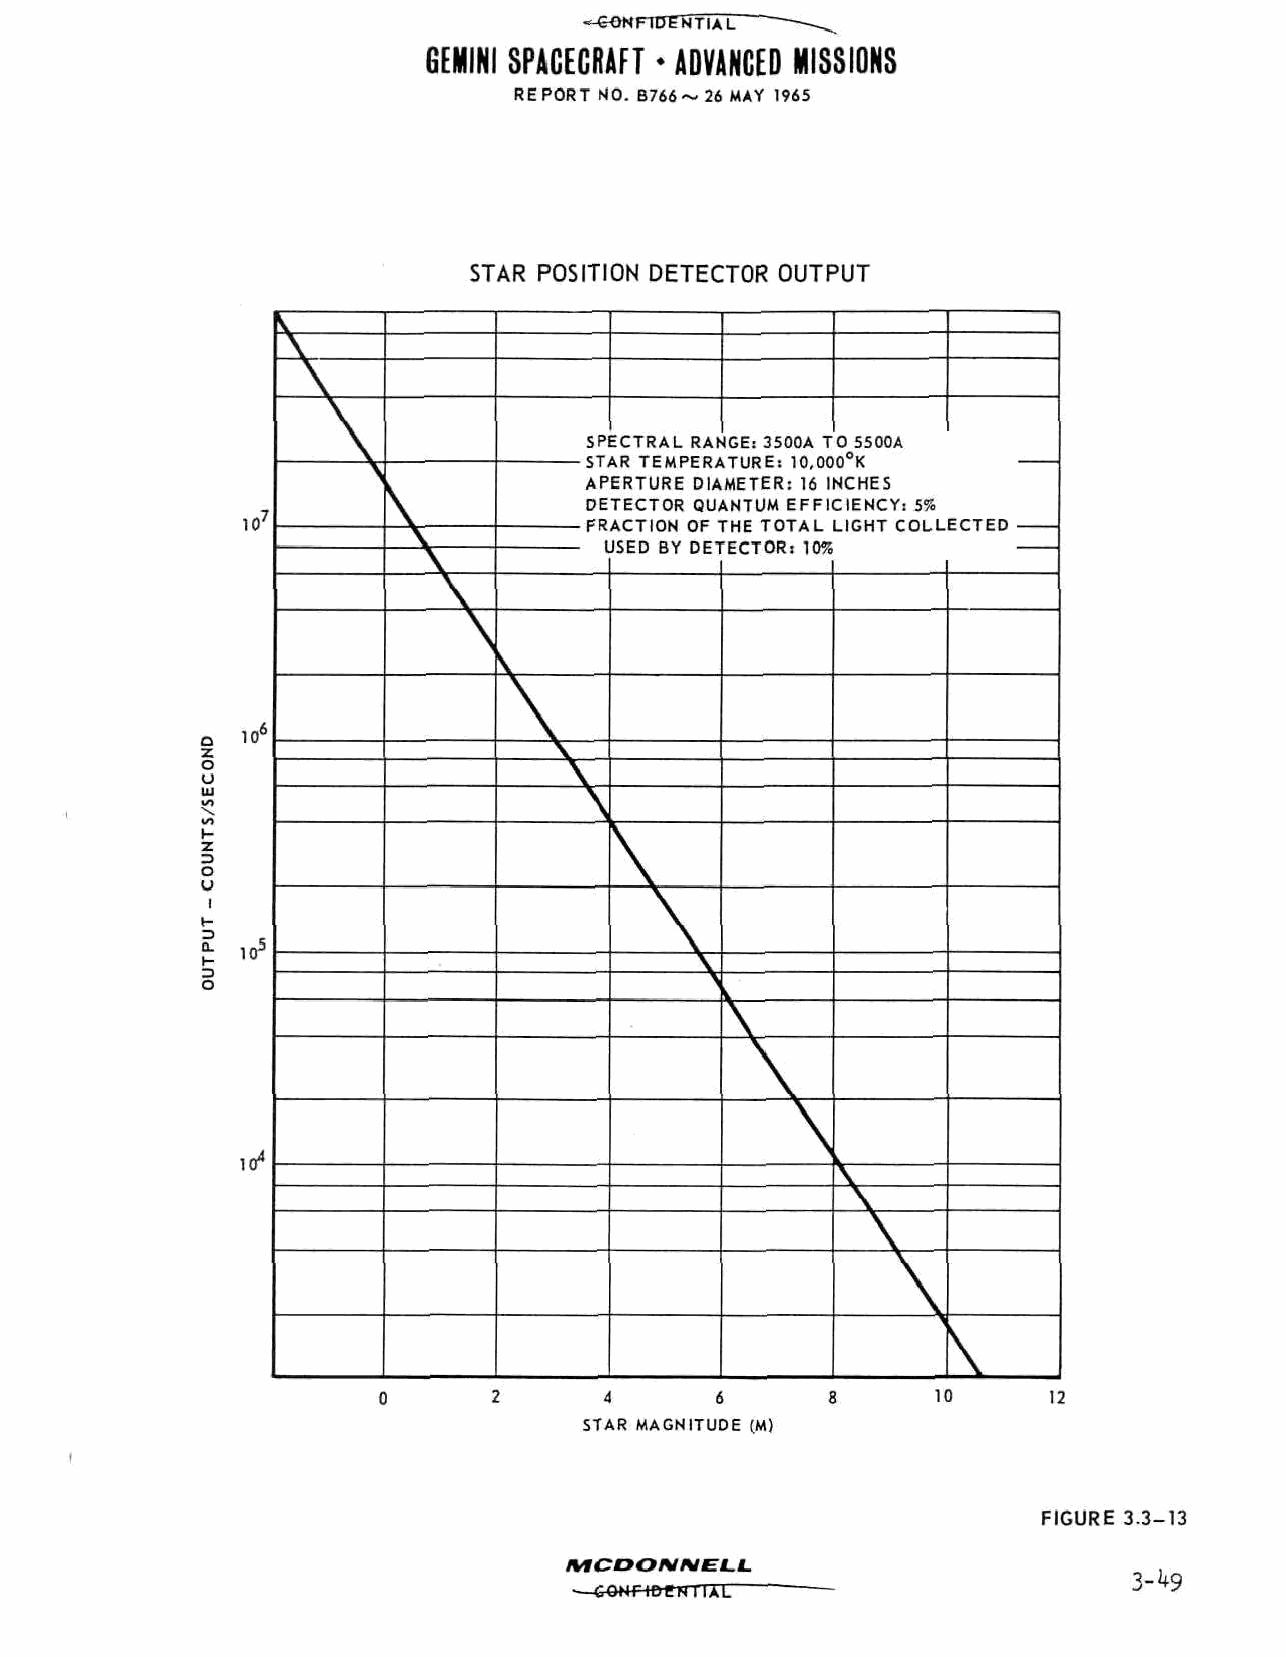
FUTENTIAL   „
 GEMINI SPACECRAFT * ADVANCED MISSIONS
 REPORT NO. B766~ 26 MAY 1965
 STAR POSITION DETECTOR OUTPUT
 SPECTRAL RANGE: 3500A TO 5500A
 CTAD TFUPPDATIIPC- I A nnA^i^
 _> i A f\ iCmrtKAlwKC; 1 v,UUU r\
 APERTURE DIAMETER: 16 INCHES
 DETECTOR QUANTUM EFFICIENCY: 5%
 110077
 _^^_^____ CD««*rvvTii iriiivvk;;inn uu/rrt e ii-nnrccu e iiT \\ JJr \Tii rr\\ A »»i __ Iii__ Iii T \\JJ Uii Tii ii rii --r\uu\ nnI-- CTTCtt _
 i JJSSEEDD BBYY DDEETTEECCTTOORR:: 11005555
 I
 in6
 Q
 Z
 o
 U
 UJ
 I-
 z
 a
 o
 i
 H
 Z>
 Q- iinn55
 h-
 O
 110044
 4      6              10     12
 STAR MAGNITUDE (M)
 FIGURE 3.3-13
 MCDO/V/VEJ-i.
 3-1+9
 •—e^HF-tfrerrriAL